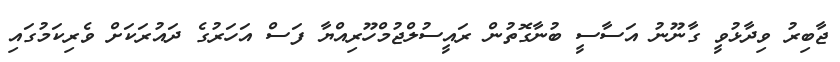
ޖާބިރު ވިދާޅުވީ ގާނޫނު އަސާސީ ބުނާގޮތުން ރައީސުލްޖުމްހޫރިއްޔާ ފަސް އަހަރުގެ ދައުރަކަށް ވެރިކަމުގައި